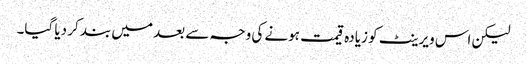
لیکن اس ویرینٹ کو زیادہ قیمت ہونے کی وجہ سے بعد میں بند کر دیا گیا۔